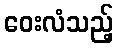
ဝေးလံသည့်